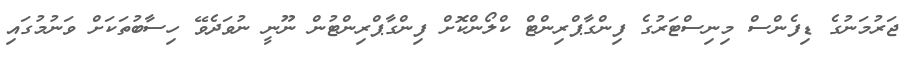
ޖަރުމަނުގެ ޑިފެންސް މިނިސްޓަރުގެ ފިންގާޕްރިންޓް ކްލޯންކޮށް ފިންގާޕްރިންޓުން ނޫނީ ނުވަދެވޭ ހިސާބުތަކަށް ވަނުމުގައި